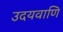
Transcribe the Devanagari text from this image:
उदयवाणि